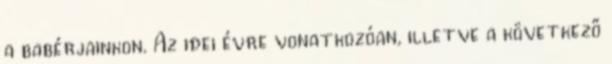
a babérjainkon. Az idei évre vonatkozóan, illetve a következő